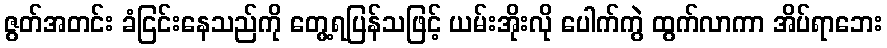
ဇွတ်အတင်း ခံငြင်းနေသည်ကို တွေ့ရပြန်သဖြင့် ယမ်းအိုးလို ပေါက်ကွဲ ထွက်လာကာ အိပ်ရာဘေး